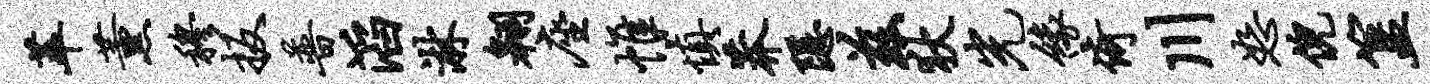
萃薰穆扳普滔淋翱座帷慎莽隐兹狄光缘倚川恕倪簋